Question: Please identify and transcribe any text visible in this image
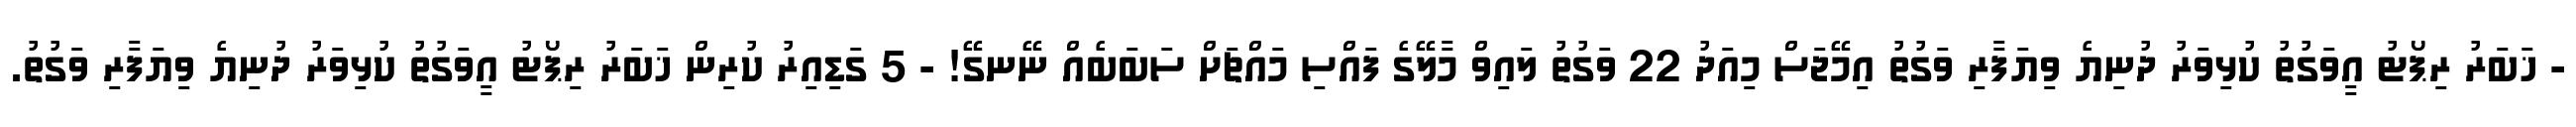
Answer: - ޚަބަރު ރިޕޯޓު އީވަގުތު ކުޅިވަރު ދުނިޔެ ވިޔަފާރި ވަގުތު އިމޭޖަސް މިއަދު 22 ވަގުތު ލައިވް މާލޭގެ ފައްސި މައްޗަށް ސަބަބެއް ނޭނގޭ! - 5 ގަޑިއިރު ކުރިން ޚަބަރު ރިޕޯޓު އީވަގުތު ކުޅިވަރު ދުނިޔެ ވިޔަފާރި ވަގުތު.